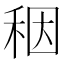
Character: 秵